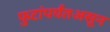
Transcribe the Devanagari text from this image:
फुटांपर्यंतअसून